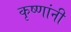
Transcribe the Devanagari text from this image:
कृष्णांनी